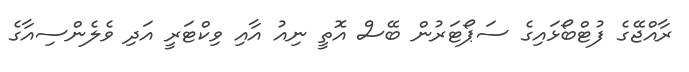
ރާއްޖޭގެ ފުޓްބޯޅައިގެ ސަޕޯޓަރުން ބޭސް އޮތީ ނިއު އާއި ވިކްޓަރީ އަދި ވެލެންސިއާގެ